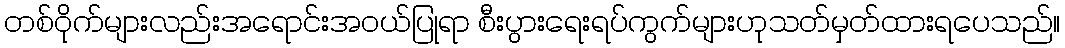
တစ်ဝိုက်များလည်းအရောင်းအဝယ်ပြုရာ စီးပွားရေးရပ်ကွက်များဟုသတ်မှတ်ထားရပေသည်။